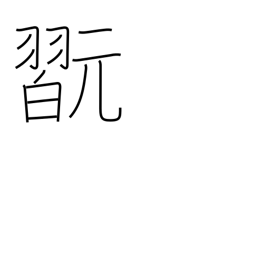
Meaning: play instrument